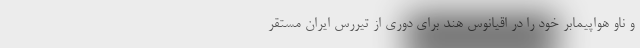
و ناو هواپیمابر خود را در اقیانوس هند برای دوری از تیررس ایران مستقر